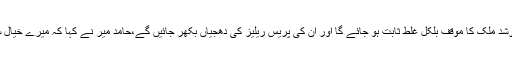
جب وہ ویڈیوز عدالت میں پیش کی جائیں گی تو ارشد ملک کا موقف بلکل غلط ثابت ہو جائے گا اور ان کی پریس ریلیز کی دھجیاں بکھر جائیں گے،حامد میر نے کہا کہ میرے خیال سے ارشد ملک کا نام ای سی ایل میں ڈالنا چاہئیے۔